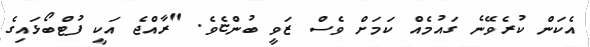
އެކަން ކުރެވޭނެ ގައުމެއް ކަމަށް ވެސް ޒަވީ ބުންޏެވެ. "ރާއްޖެ އަކީ ފުޓްބޯޅައިގެ